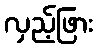
လှည့်ဖြား